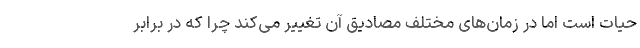
حیات است اما در زمان‌های مختلف مصادیق آن تغییر می‌کند چرا که در برابر